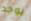
يوجد